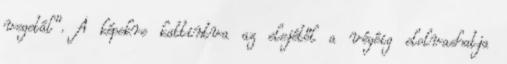
vegetál". A képekre kattintva az elejétől a végéig elolvashatja